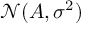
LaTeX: { \mathcal { N } } ( A , \sigma ^ { 2 } )